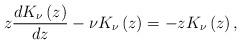
LaTeX: \begin{align*}z\frac{dK_{\nu }\left(z\right)}{dz}-\nu K_{\nu }\left(z\right)=-zK_{\nu }\left(z\right),\end{align*}